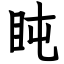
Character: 盹